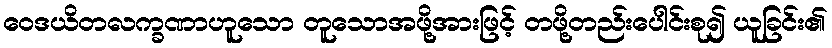
ဝေဒယိတလက္ခဏာဟူသော တူသောအဖို့အားဖြင့် တဖို့တည်းပေါင်းစု၍ ယူခြင်း၏